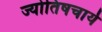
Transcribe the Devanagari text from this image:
ज्योतिषचार्य